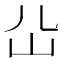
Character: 𡴸